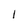
Character: 1